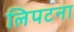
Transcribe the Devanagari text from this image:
लिपटना